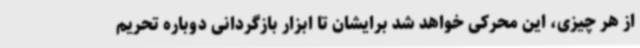
از هر چیزی، این محرکی خواهد شد برایشان تا ابزار بازگردانی دوباره تحریم